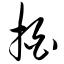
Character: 拍